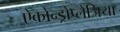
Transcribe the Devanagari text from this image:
ऐकोन्ड्रोप्लेजिया